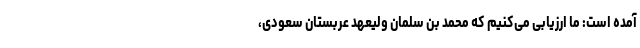
آمده است: ما ارزیابی می‌کنیم که محمد بن سلمان ولیعهد عربستان سعودی،